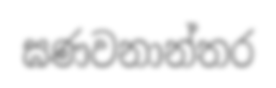
ඝණවනාන්තර